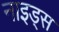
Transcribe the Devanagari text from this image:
नाइड्स